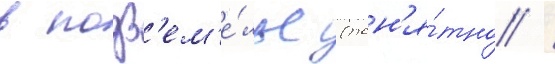
в подз'ем'е́лье (пон'я́тно /